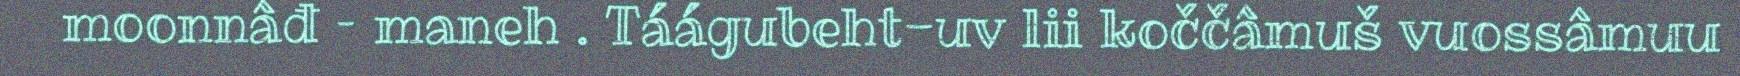
moonnâđ – maneh . Táágubeht-uv lii koččâmuš vuossâmuu